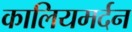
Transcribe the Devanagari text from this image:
कालियमर्दन